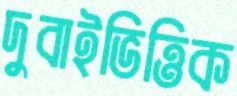
দুবাইভিত্তিক